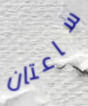
ساعتان